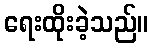
ရေးထိုးခဲ့သည်။